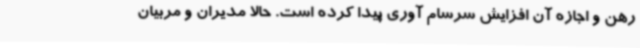
رهن و اجازه آن افزایش سرسام آوری پیدا کرده است. حالا مدیران و مربیان